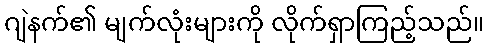
ဂျဲနက်၏ မျက်လုံးများကို လိုက်ရှာကြည့်သည်။